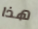
هذا